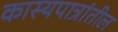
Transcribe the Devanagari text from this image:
कास्यपात्रांतील